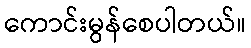
ကောင်းမွန်စေပါတယ်။